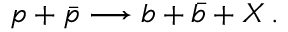
p + \bar { p } \longrightarrow b + \bar { b } + X \, .